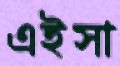
এইসা